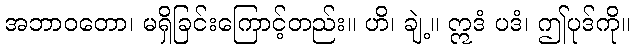
အဘာဝတော၊ မရှိခြင်းကြောင့်တည်း။ ဟိ၊ ချဲ့။ ဣဒံ ပဒံ၊ ဤပုဒ်ကို။